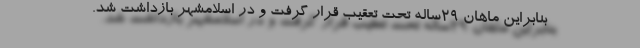
بنابراین ماهان ۲۹‌ساله تحت تعقیب قرار گرفت و در اسلامشهر بازداشت شد.